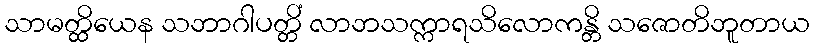
သာမတ္ထိယေန သဘာဂါပတ္တိံ လာဘသက္ကာရသိလောကန္တိ သဇောတိဘူတာယ